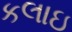
કલાઇ